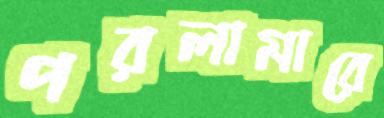
পরলামারে